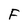
Character: F